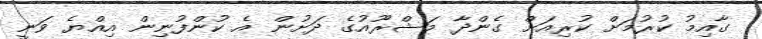
ގާއިމު ކުރުމަށް ކުރިއަށް ގެންދާ މަޝްރޫއުގެ ދަށުން އެ ކުންފުނިން އިއްޔެ ވަނީ